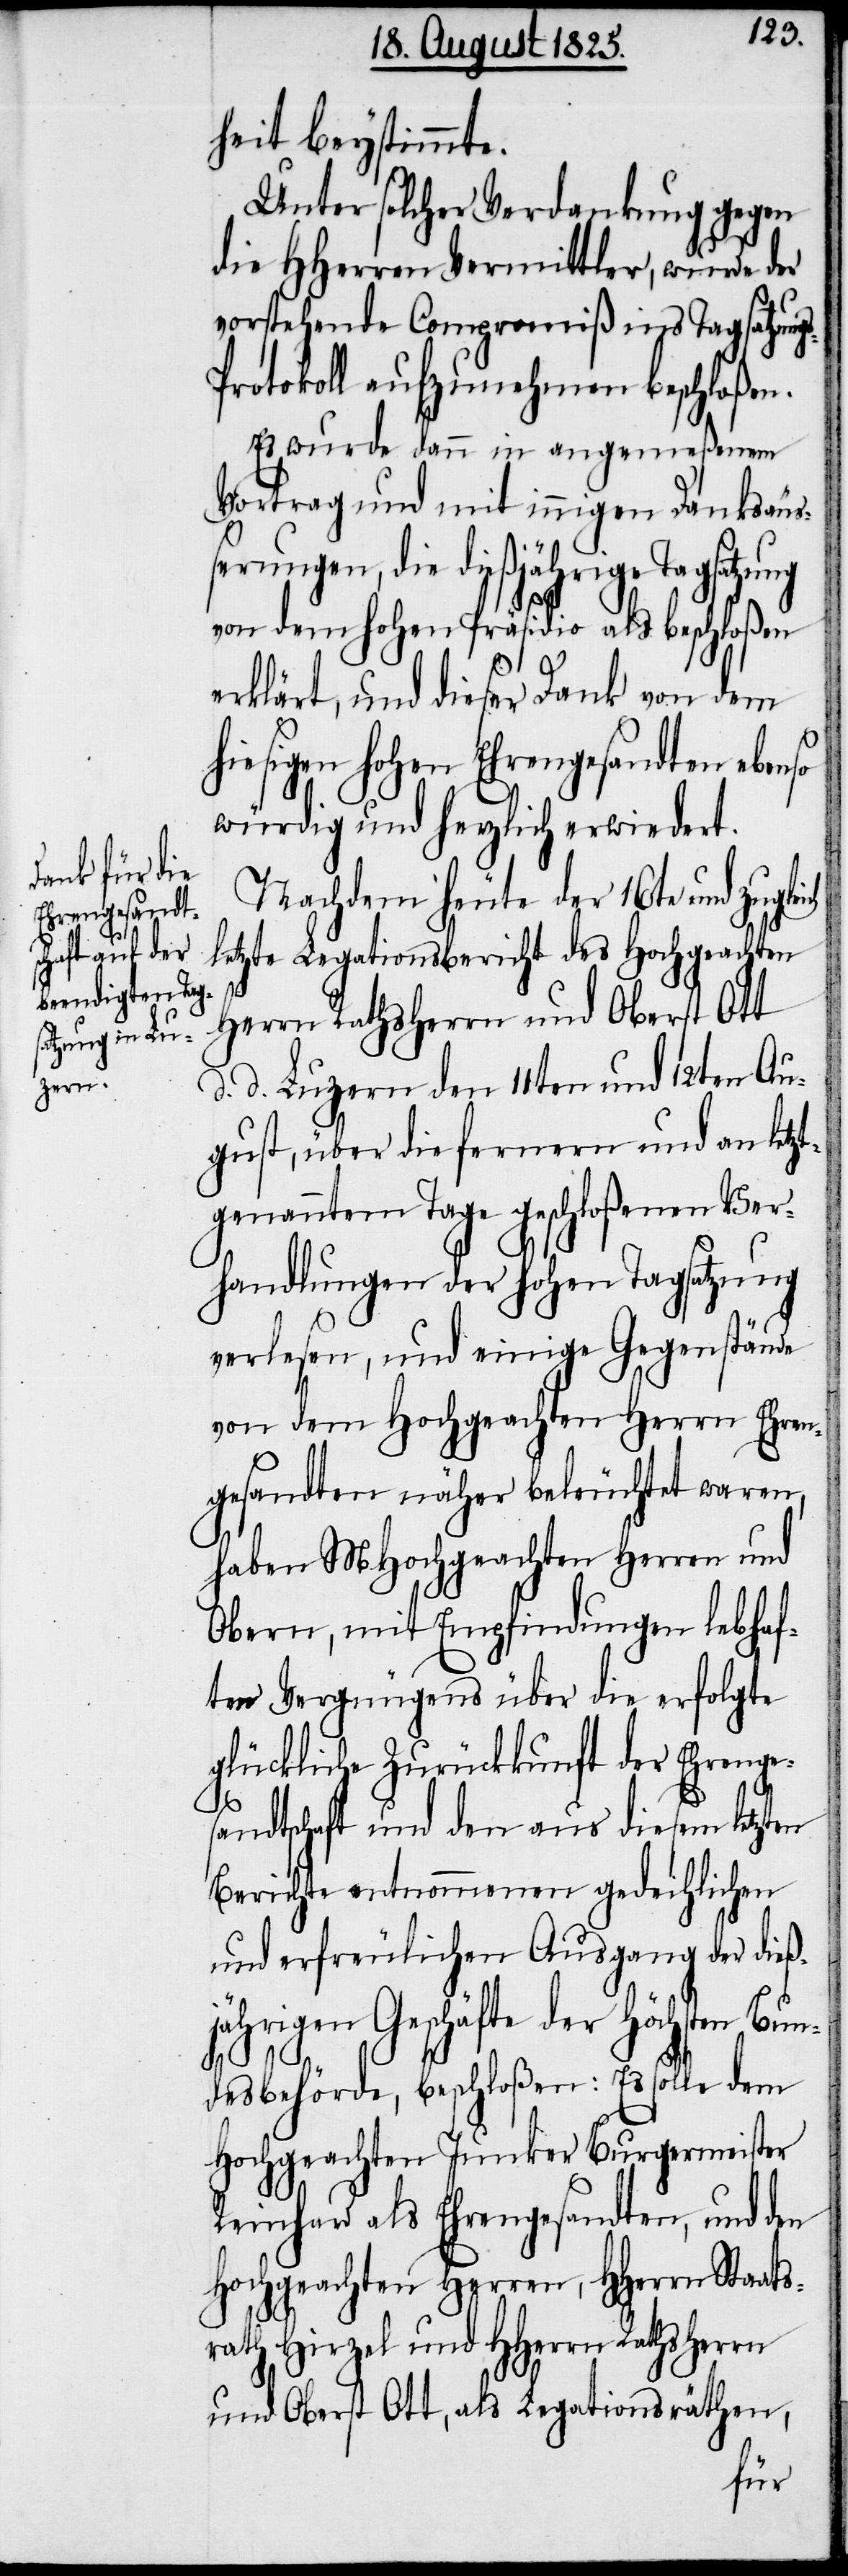
eich

heit beystimmte.
Unter solcher Verdankung gegen
die Hherren Vermittler, wurde der
vorstehende Compromiß ins Tagsatzun¬
rotokoll aufzunehmen beschloßen.
Es wurde dann in angemeßenem
Vortrag und mit innigen Danksäu¬
ßerungen, die dießjährige
von dem hohen Präsidio als beschloßen
erklärt, und dieser Dank von dem
hiesigen hohen Ehrengesandten eb¬
würdig und herzlich erwiedert.
Nachdem heute der 16te und zugl¬
letzte Legationsbericht des Hochgeachten
Herrn Rathsherrn und Oberst Ott
d. Luzern den 11ten und 12ten Au¬
gust, über die fernern und an letzt¬
genanntem Tage geschloßenen Ver¬
handlungen der hohen Tagsatzung
verlesen, und einige Gegenstände
von dem Hochgeachten Herrn Ehren¬
gesandten näher beleuchtet waren,
haben MHochgeachten Herren und
Obern, mit Empfindungen lebhaf¬
ter Vergnügungen über die erfolgte
glückliche Zurückkunft der Ehrenge¬
sandtschaft und den aus diesem letzten
Berichte entnommenen gedeihlichen
und erfreulichen Ausgang der dieß¬
jährigen Geschäfte der höchsten Bun¬
desbehörde, beschloßen: Es solle dem
Hochgeachten Junker Burgermeister
Reinhard als Ehrengesandten, und den
Hochgeachten Herren, HHerrn Staats¬
rath Hirzel und HHerrn Rathsherrn
und Oberst Ott, als Legationsräthen,